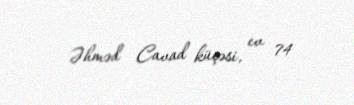
Əhməd Cavad küçəsi, ev 74